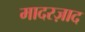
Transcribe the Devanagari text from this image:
मादरज़ाद